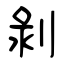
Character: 剝